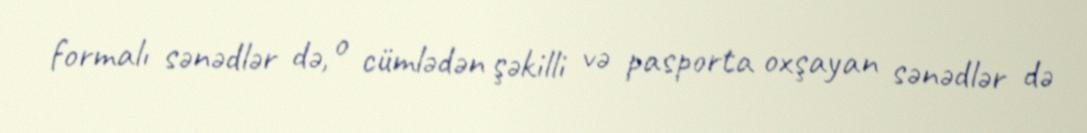
formalı sənədlər də, o cümlədən şəkilli və pasporta oxşayan sənədlər də